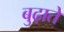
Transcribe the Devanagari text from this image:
बुढ़ाते